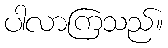
ပါလာကြသည်။